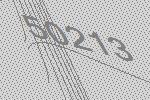
50213